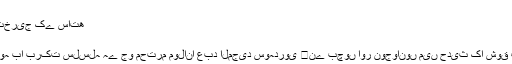
آمین(راسخ)
حدیث کی تیسری کتاب تحقیق و تخریج کے ساتھ
عبد المجید سوہدروی
زیر تبصرہ کتاب کتب احادیث کا وہ با برکت سلسلہ ہے جو محترم مولانا عبد المجید سوہدروی ﷫نے بچوں اور نوجوانوں میں حدیث کا شوق پیدا کرنے کے لئے شروع کیا تھا۔